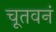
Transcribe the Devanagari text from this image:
चूतवनं